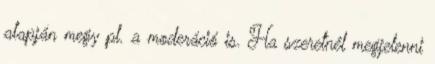
alapján megy pl. a moderáció is. Ha szeretnél megjelenni